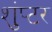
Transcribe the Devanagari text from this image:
शुंप्टर